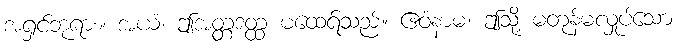
အရှင်ဘုရား။ အယံ၊ ဤအတ္တဒတ္ထ မထေရ်သည်။ ဧဝံနာမ၊ ဤသို့ မတုန်မလှုပ်သော